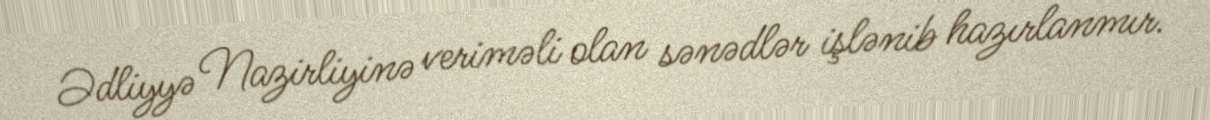
Ədliyyə Nazirliyinə veriməli olan sənədlər işlənib hazırlanmır.